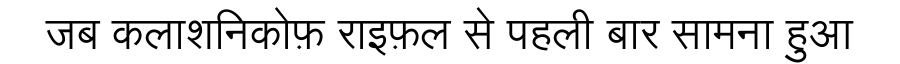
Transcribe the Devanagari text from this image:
जब कलाशनिकोफ़ राइफ़ल से पहली बार सामना हुआ